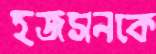
হজসনকে